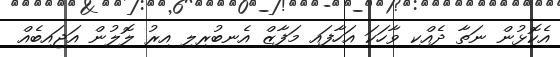
އެކޮޅުން ނަތާ ދެއްކި ވާހަކަ އަހާފައި މަފާޒް އެނބުރިލި އިރު ލޮލުން އަޖައިބެއް